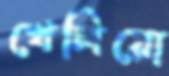
খেলিয়ো